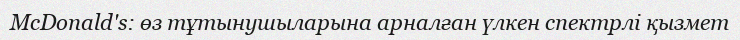
McDonald's: өз тұтынушыларына арналған үлкен спектрлі қызмет